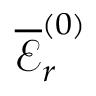
\overline { { \mathcal { E } } } _ { r } ^ { ( 0 ) }